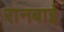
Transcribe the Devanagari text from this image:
रानबाई